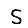
Digit: 5